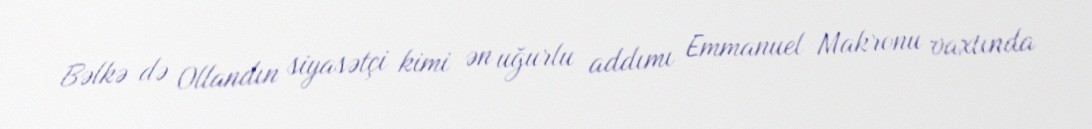
Bəlkə də Ollandın siyasətçi kimi ən uğurlu addımı Emmanuel Makronu vaxtında